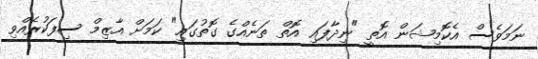
ނަމަވެސް އެކޮމިޝަން އޮތީ "ނިދާފައި އޮތް ތަނެއްގެ ގޮތުގައި" ކަމަށް އާޒިމް ސިފަކުރެއްވި